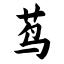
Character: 茑